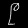
Digit: ၉